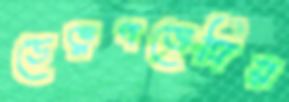
ডেভ্লপভেঙ্গিয়